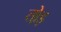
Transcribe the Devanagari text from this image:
तो़ड़